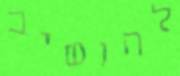
להושיב